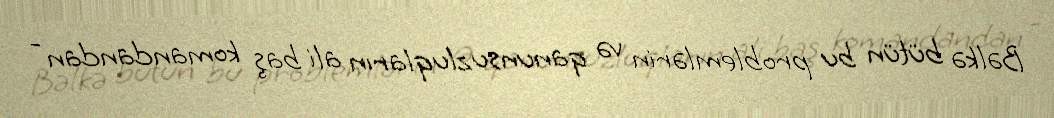
Bəlkə bütün bu problemlərin və qanunsuzluqların ali baş komandandan -